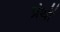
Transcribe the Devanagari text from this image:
प्रंथों